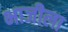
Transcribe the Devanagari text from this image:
भाजीला